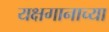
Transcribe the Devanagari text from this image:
यक्षगानाच्या